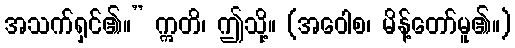
အသက်ရှင်၏။” ဣတိ၊ ဤသို့။ (အဝေါစ၊ မိန့်တော်မူ၏။)